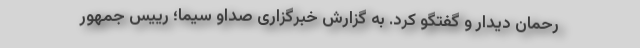
رحمان دیدار و گفتگو کرد. به گزارش خبرگزاری صداو سیما؛ رییس جمهور